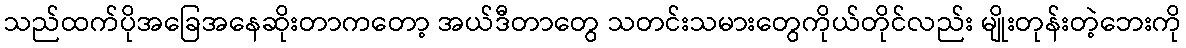
သည်ထက်ပိုအခြေအနေဆိုးတာကတော့ အယ်ဒီတာတွေ သတင်းသမားတွေကိုယ်တိုင်လည်း မျိုးတုန်းတဲ့ဘေးကို